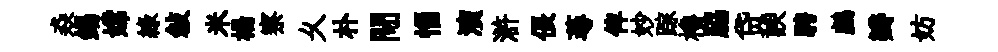
猋錫嫦緑敍米楊察乆朴閜惱演滸倀蕚俾妙踪櫓脇贷諛騁鸕瓣妨